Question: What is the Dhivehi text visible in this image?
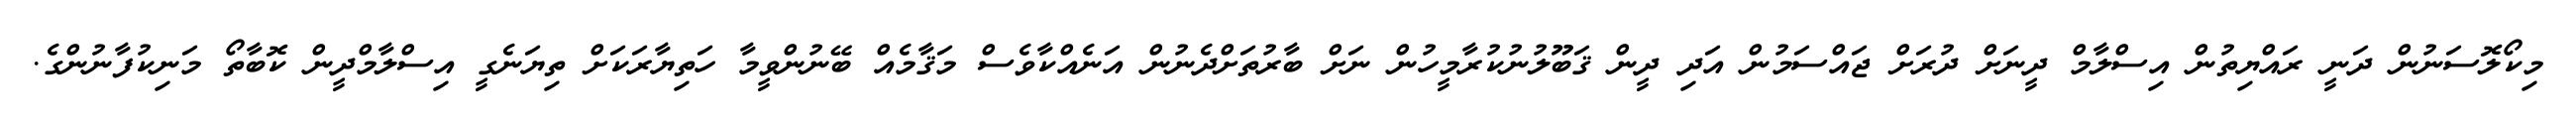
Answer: މިކޯލޮސަނުން ދަނީ ރައްޔިތުން އިސްލާމް ދީނަށް ދުރަށް ޖައްސަމުން އަދި ދީން ޤަބޫލުނުކުރާމީހުން ނަށް ބާރުތަށްދެނުން އަނެއްކާވެސް މަޤާމެއް ބޭނުންވީމާ ހަތިޔާރަކަށް ތިޔަނެގީ އިސްލާމްދީން ކޮބާތޯ މަނިކުފާނުންގެ.